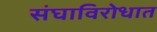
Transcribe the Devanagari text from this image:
संघाविरोधात